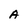
Character: A